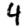
Digit: 4